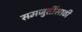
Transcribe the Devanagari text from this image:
समजुतींसाठी